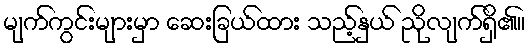
မျက်ကွင်းများမှာ ဆေးခြယ်ထား သည့်နှယ် ညိုလျက်ရှိ၏။